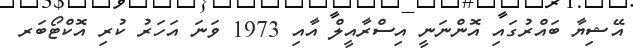
އޭޝިޔާ ބައްރުގައި އޮންނަނީ އިސްރާއީލް އާއި 1973 ވަނަ އަހަރު ކުރި އޮކްޓޯބަރ